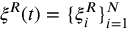
\boldsymbol { \xi } ^ { R } ( t ) = \{ \xi _ { i } ^ { R } \} _ { i = 1 } ^ { N }